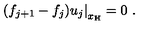
\left. ( f _ { j + 1 } - f _ { j } ) u _ { j } \right| _ { x _ { \mathrm { H } } } = 0 \ .